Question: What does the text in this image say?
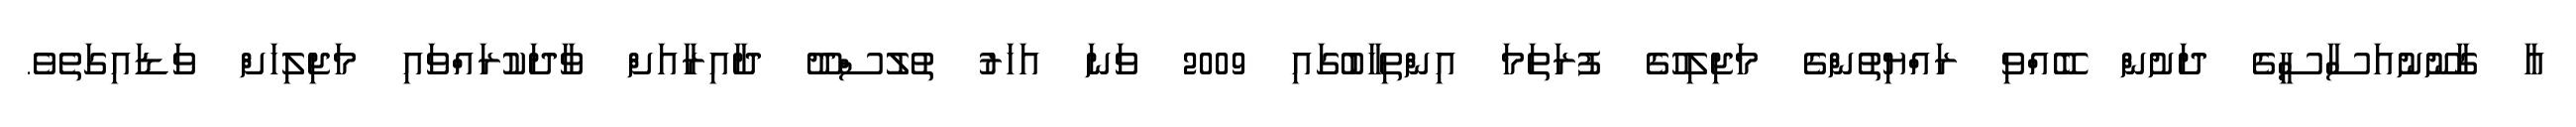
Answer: އާ ގާނޫނުއަސާސީގެ ދަށުން ބޭއްވި ރައްޔިތުންގެ މަޖިލިހުގެ ފުރަތަމަ އިންތިހާބުގައި 2009 ވަނަ އަހަރު ތުލުސްދޫ ދާއިރާއަށް ވާދަކުރައްވައި މަޖިލިހަށް ވަޑައިގަތެވެ.